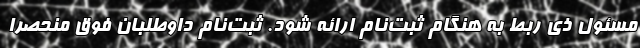
مسئول ذی ربط به هنگام ثبت‌نام ارائه شود. ثبت‌نام داوطلبان فوق منحصرا